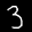
Label: 3